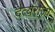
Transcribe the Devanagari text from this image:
दैत्यराजा